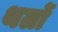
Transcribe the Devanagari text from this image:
थर्लो